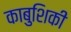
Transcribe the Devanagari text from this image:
काबुशिकी